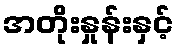
အတိုးနှုန်းနှင့်